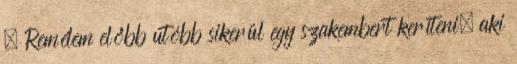
😉 Remélem előbb utóbb sikerül egy szakembert keríteni, aki